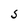
Character: S